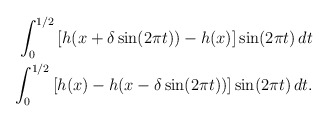
\begin{align*}\begin{aligned}\int_{0}^{1/2}\left[h(x +\delta\sin(2\pi t))- h(x)\right]\sin(2\pi t)\,dt \\\int_{0}^{1/2}\left[h(x)-h( x-\delta\sin(2\pi t)) \right]\sin(2\pi t)\,dt.\end{aligned}\end{align*}